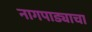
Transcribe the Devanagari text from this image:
नागपाड्याचा